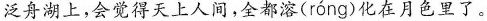
泛舟湖上，会觉得天上人间，全都溶( róng )化在月色里了。